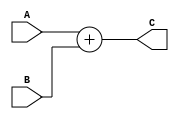
/*================================================================================================*
 * Linkedin  : https://www.linkedin.com/in/sherif-omar-23829b222/                                 *
 *================================================================================================*/

module Adder(
input wire [31:0] A,B,
output reg [31:0] C 
);
always @(*) 
begin
    C=A+B;
end

endmodule